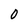
Character: 0